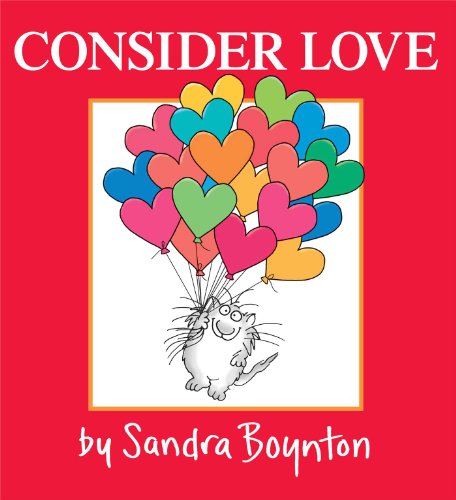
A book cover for Consider Love; Sandra Boynton; Children's Books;